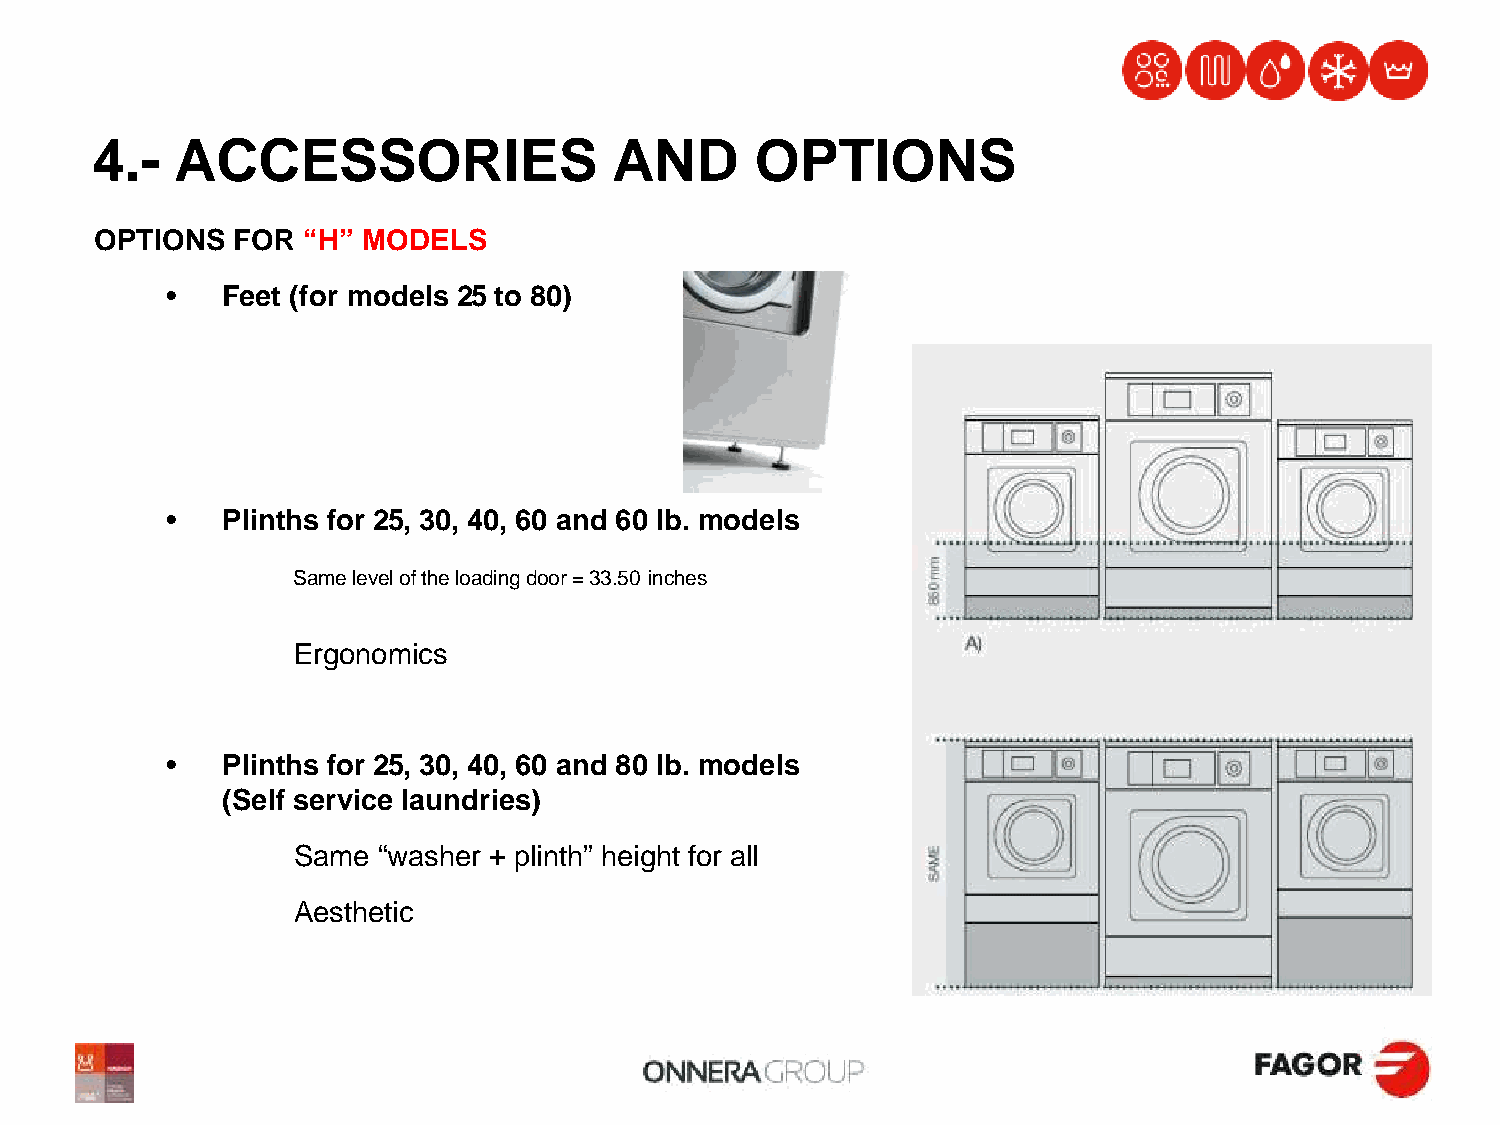
4.-   ACCESSORIES                  AND      OPTIONS
 OPTIONS  FOR  “H” MODELS
 •   Feet (for models 25 to 80)
 •   Plinths for 25, 30, 40, 60 and 60 lb. models
 Same level of the loading door = 33.50 inches
 Ergonomics
 •   Plinths for 25, 30, 40, 60 and 80 lb. models
 (Self service laundries)
 Same  “washer + plinth” height for all
 Aesthetic